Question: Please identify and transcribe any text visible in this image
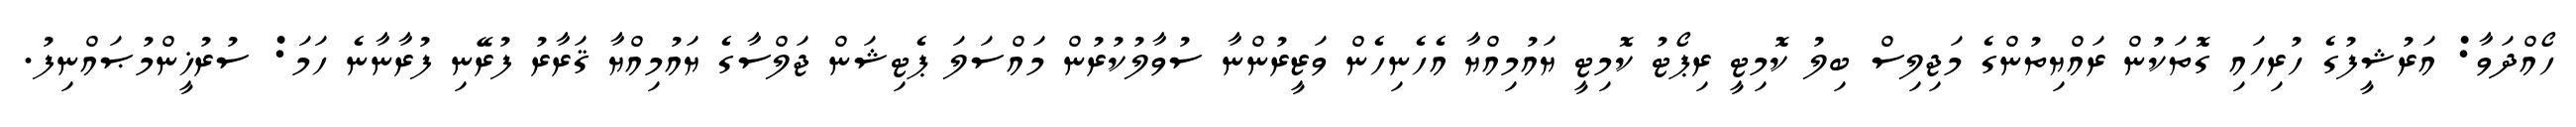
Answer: ހޯއްދަވާ: އަރުޝީފުގެ ހުރިހައި ގޮތަކުން ރައްޔިތުންގެ މަޖިލިސް ބިލު ކޮމިޓީ ރިޕޯޓު ކޮމިޓީ ޔައުމިއްޔާ އެހެނިހެން ވަޒީރުންނާ ސުވާލުކުރުން މައްސަލަ ޕެޓިޝަން ޖަލްސާގެ ޔައުމިއްޔާ ޤަރާރު ފުރޭނި ފުރާނާނެ ހަމަ: ސުރުޚީންމުޞައްނިފު.